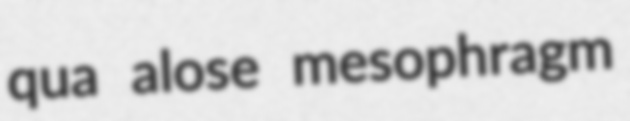
qua alose mesophragm